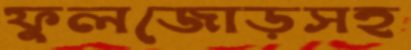
ফুলজোড়সহ